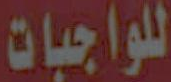
للواجبات